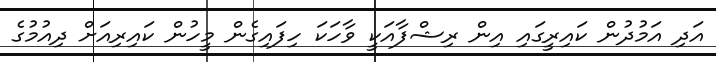
އަދި އަމުދުން ކައިރީގައި އިން ރިޝްފާއަކީ ވާހަކަ ހިފައިގެން މީހުން ކައިރިއަށް ދިއުމުގެ